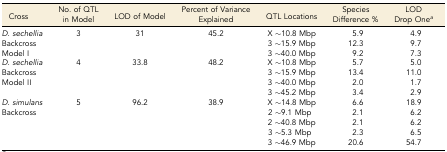
| Cross | No. of QTL in Model | LOD of Model | Percent of Variance Explained | QTL Locations | Species Difference % | LOD Drop Onea |
 | --- | --- | --- | --- | --- | --- | --- |
 | D. sechellia | <ROWSPAN=3> 3 | <ROWSPAN=3> 31 | <ROWSPAN=3> 45.2 | X ∼10.8 Mbp | 5.9 | 4.9 |
 | Backcross | 3 ∼15.9 Mbp | 12.3 | 9.7 |
 | Model I | 3 ∼40.0 Mbp | 9.2 | 7.3 |
 | D. sechellia | <ROWSPAN=4> 4 | <ROWSPAN=4> 33.8 | <ROWSPAN=4> 48.2 | X ∼10.8 Mbp | 5.7 | 5.0 |
 | Backcross | 3 ∼15.9 Mbp | 13.4 | 11.0 |
 | Model II | 3 ∼40.0 Mbp | 2.0 | 1.7 |
 |  | 3 ∼45.2 Mbp | 3.4 | 2.9 |
 | D. simulans | <ROWSPAN=5> 5 | <ROWSPAN=5> 96.2 | <ROWSPAN=5> 38.9 | X ∼14.8 Mbp | 6.6 | 18.9 |
 | Backcross | 2 ∼9.1 Mbp | 2.1 | 6.2 |
 |  | 2 ∼40.8 Mbp | 2.1 | 6.2 |
 |  | 3 ∼5.3 Mbp | 2.3 | 6.5 |
 |  | 3 ∼46.9 Mbp | 20.6 | 54.7 |